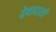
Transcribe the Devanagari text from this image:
देवादासी